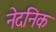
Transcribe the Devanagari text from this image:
नेदनिक